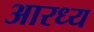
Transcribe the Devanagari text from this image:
आरध्य